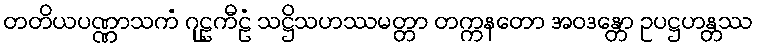
တတိယပဏ္ဏာသကံ ဂုဠကီဠံ သဋ္ဌိသဟဿမတ္တာ တက္ကနတော အဝဒန္တော ဥပဋ္ဌဟန္တဿ